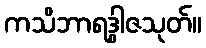
ကသိဘာရဒွါဇသုတ်။